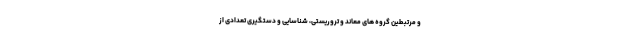
و مرتبطین گروه های معاند و تروریستی، شناسایی و دستگیری تعدادی از